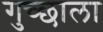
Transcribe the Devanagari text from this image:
गुच्छाला